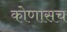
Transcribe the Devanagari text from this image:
कोणासच